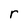
Character: r